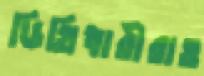
ডিগ্রিধারীরাও